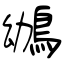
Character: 鴢